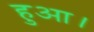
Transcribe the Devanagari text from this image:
हुअा।